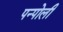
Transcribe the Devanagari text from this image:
पन्पोली